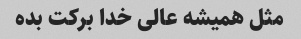
مثل همیشه عالی خدا برکت بده